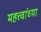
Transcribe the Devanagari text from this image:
महत्त्वांच्या